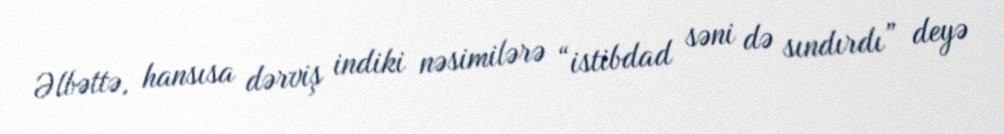
Əlbəttə, hansısa dərviş indiki nəsimilərə “istibdad səni də sındırdı” deyə